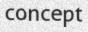
concept